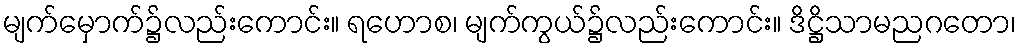
မျက်မှောက်၌လည်းကောင်း။ ရဟောစ၊ မျက်ကွယ်၌လည်းကောင်း။ ဒိဋ္ဌိသာမညဂတော၊